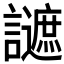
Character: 𧭧